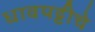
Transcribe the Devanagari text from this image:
धावपट्टीचे